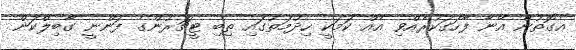
އެގޮތުން އޭނާ ފާހަގަކުރެއްވި އެއް ކަމަކީ ހިދުމަތުގައި ތިބި ޓީޗަރުންގެ ފަންނީ ގާބިލްކަން